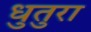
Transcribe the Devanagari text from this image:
धुतुरा